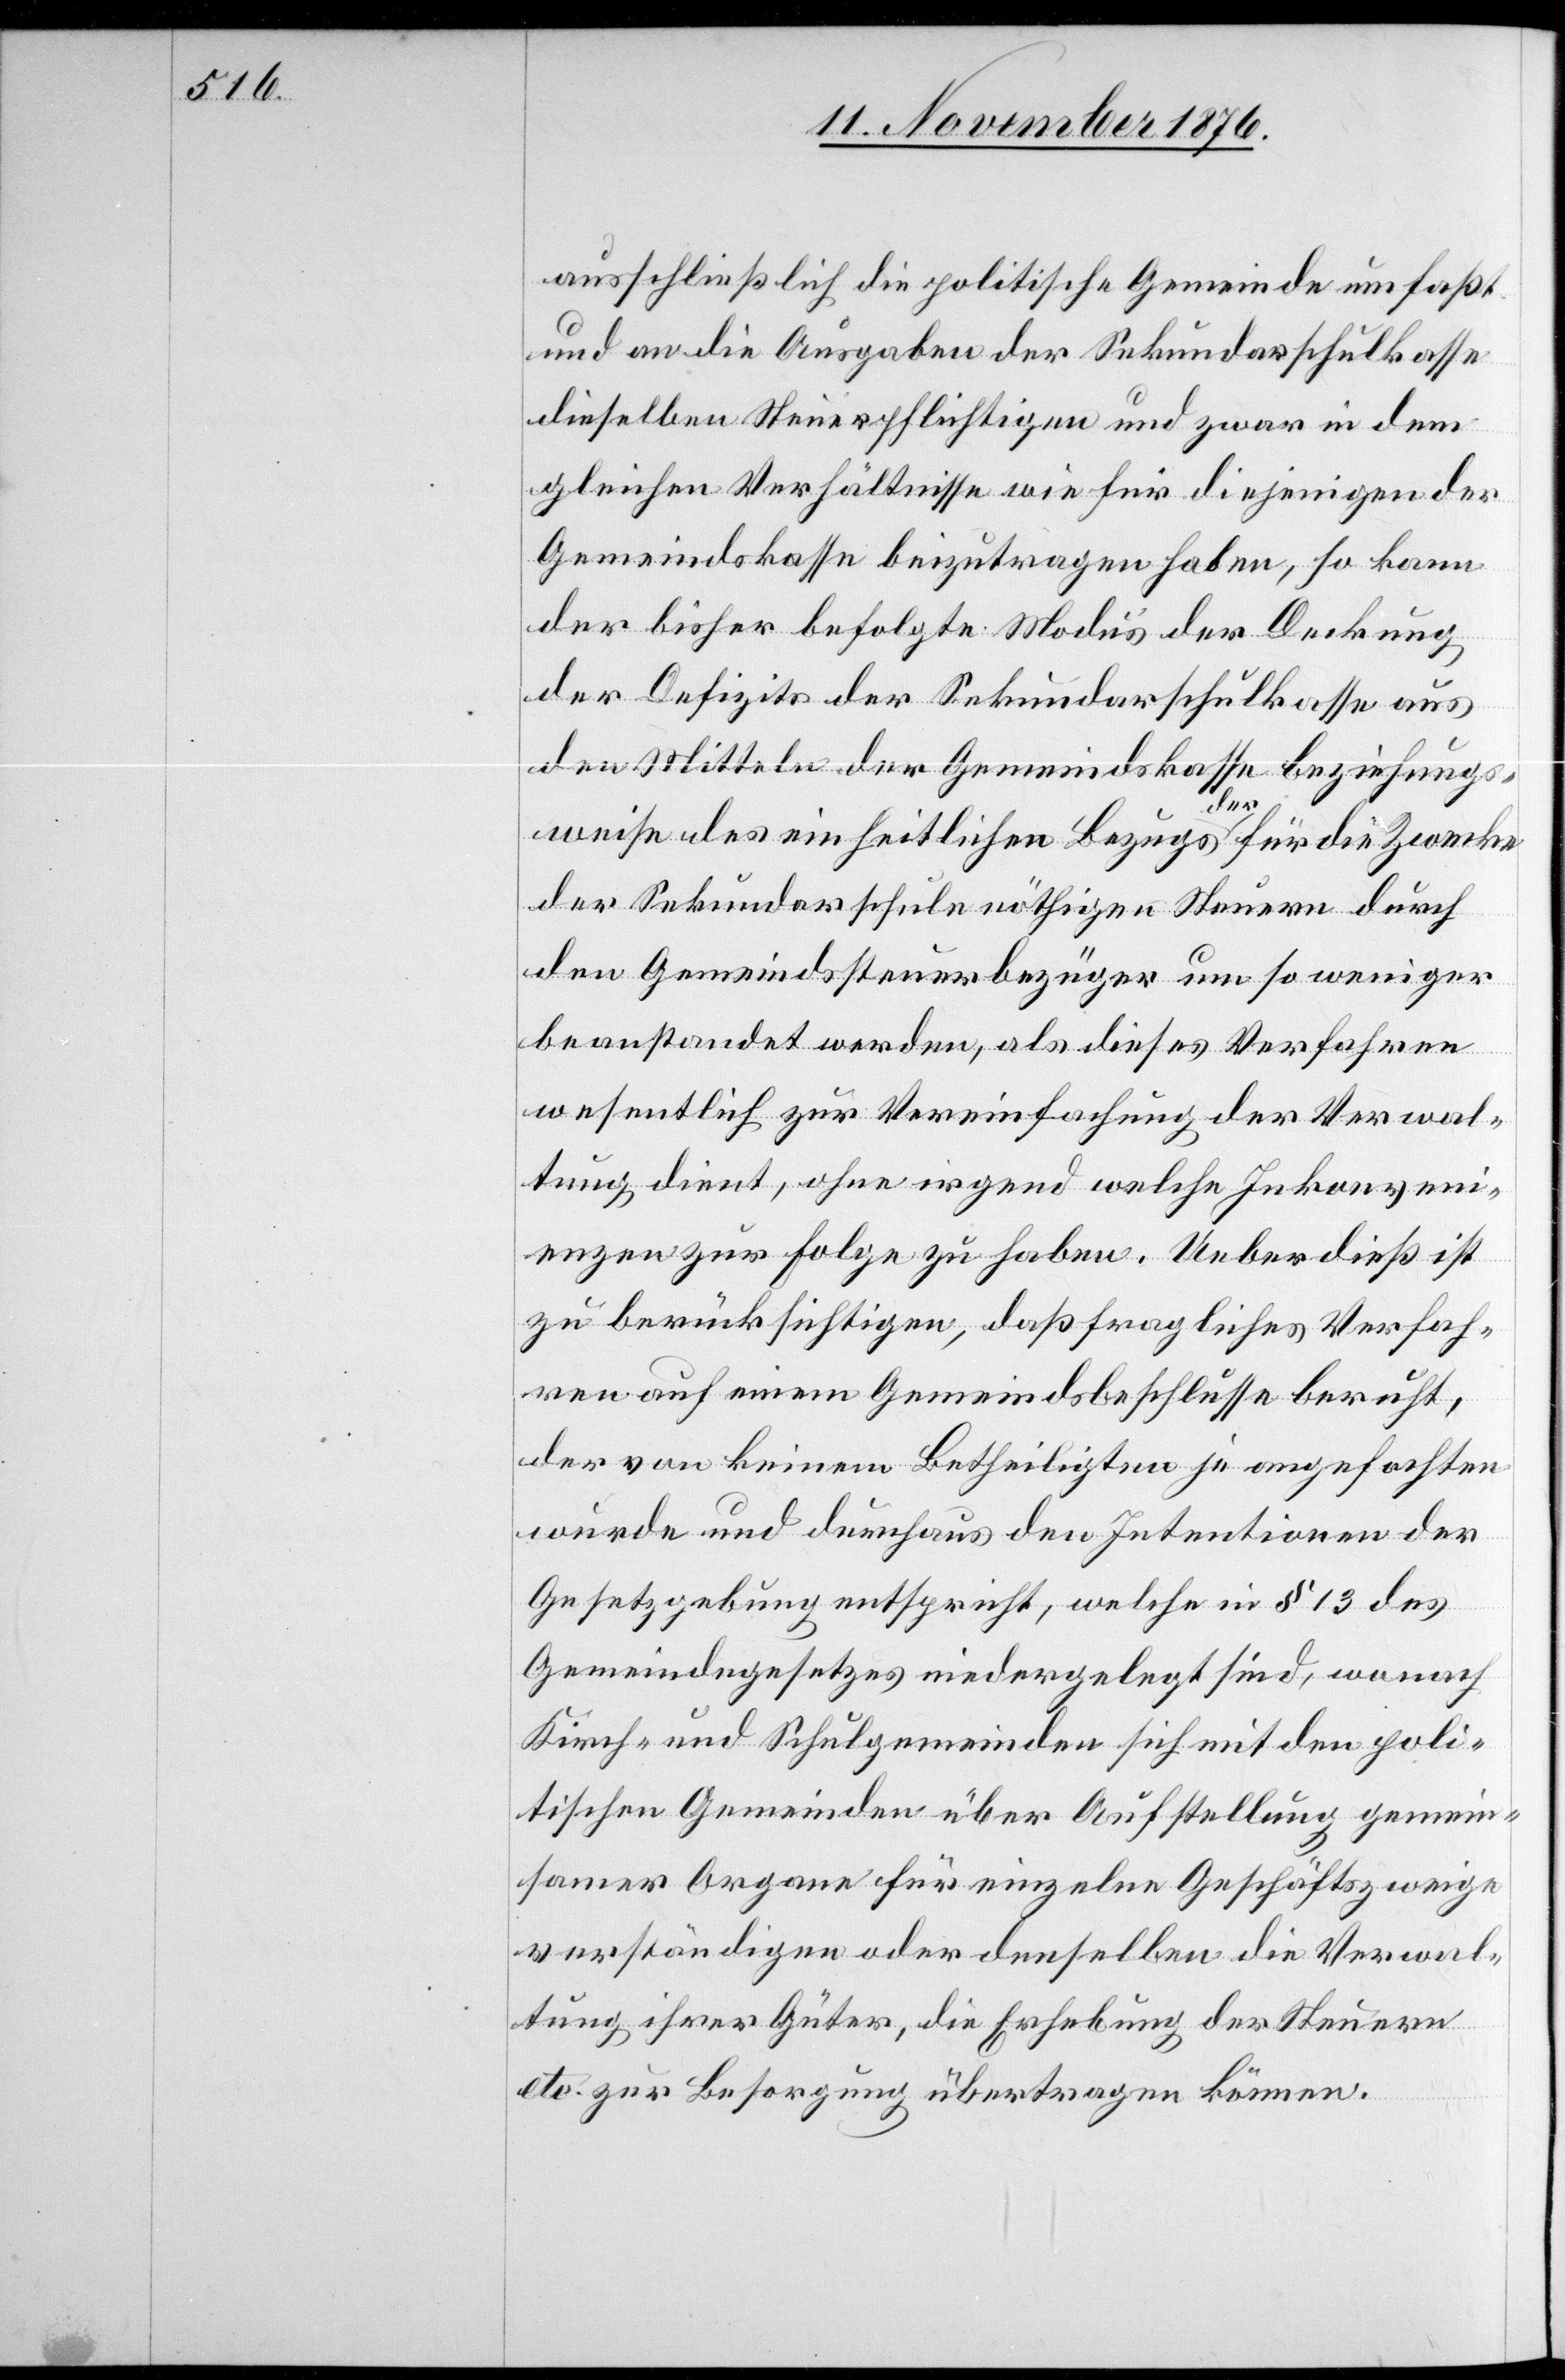
ausschließlich die politische Gemeinde umfaßt
und an die Ausgaben der Sekundarschulkasse
dieselben Steuerpflichtigen und zwar in dem
gleichen Verhältnisse wie für diejenigen der
Gemeindskasse beizutragen haben, so kann
der bisher befolgte Modus der Deckung
der Defizite der Sekundarschulkasse aus
den Mitteln der Gemeindskasse beziehungs¬
weise des einheitlichen Bezugs der für die Zwecke
der Sekundarschule nöthigen Steuern durch
den Gemeindssteuerbezüger um so weniger
beanstandet werden, als dieses Verfahren
wesentlich zur Vereinfachung der Verwal¬
tung dient, ohne irgend welche Inkonveni¬
enzen zur Folge zu haben. Ueber dieß ist
zu berücksichtigen, daß fragliches Verfah¬
ren auf einem Gemeindsbeschlusse beruht,
der von keinem Betheiligten je angefochten
wurde und durchaus den Intentionen der
Gesetzgebung entspricht, welche in § 13 des
Gemeindegesetzes niedergelegt sind, wonach
Kirch- und Schulgemeinden sich mit den poli¬
tischen Gemeinden über Aufstellung gemein¬
samer Organe für einzelne Geschäftszweige
verständigen oder denselben die Verwal¬
tung ihrer Güter, die Erhebung der Steuern
etc. zur Besorgung übertragen können.